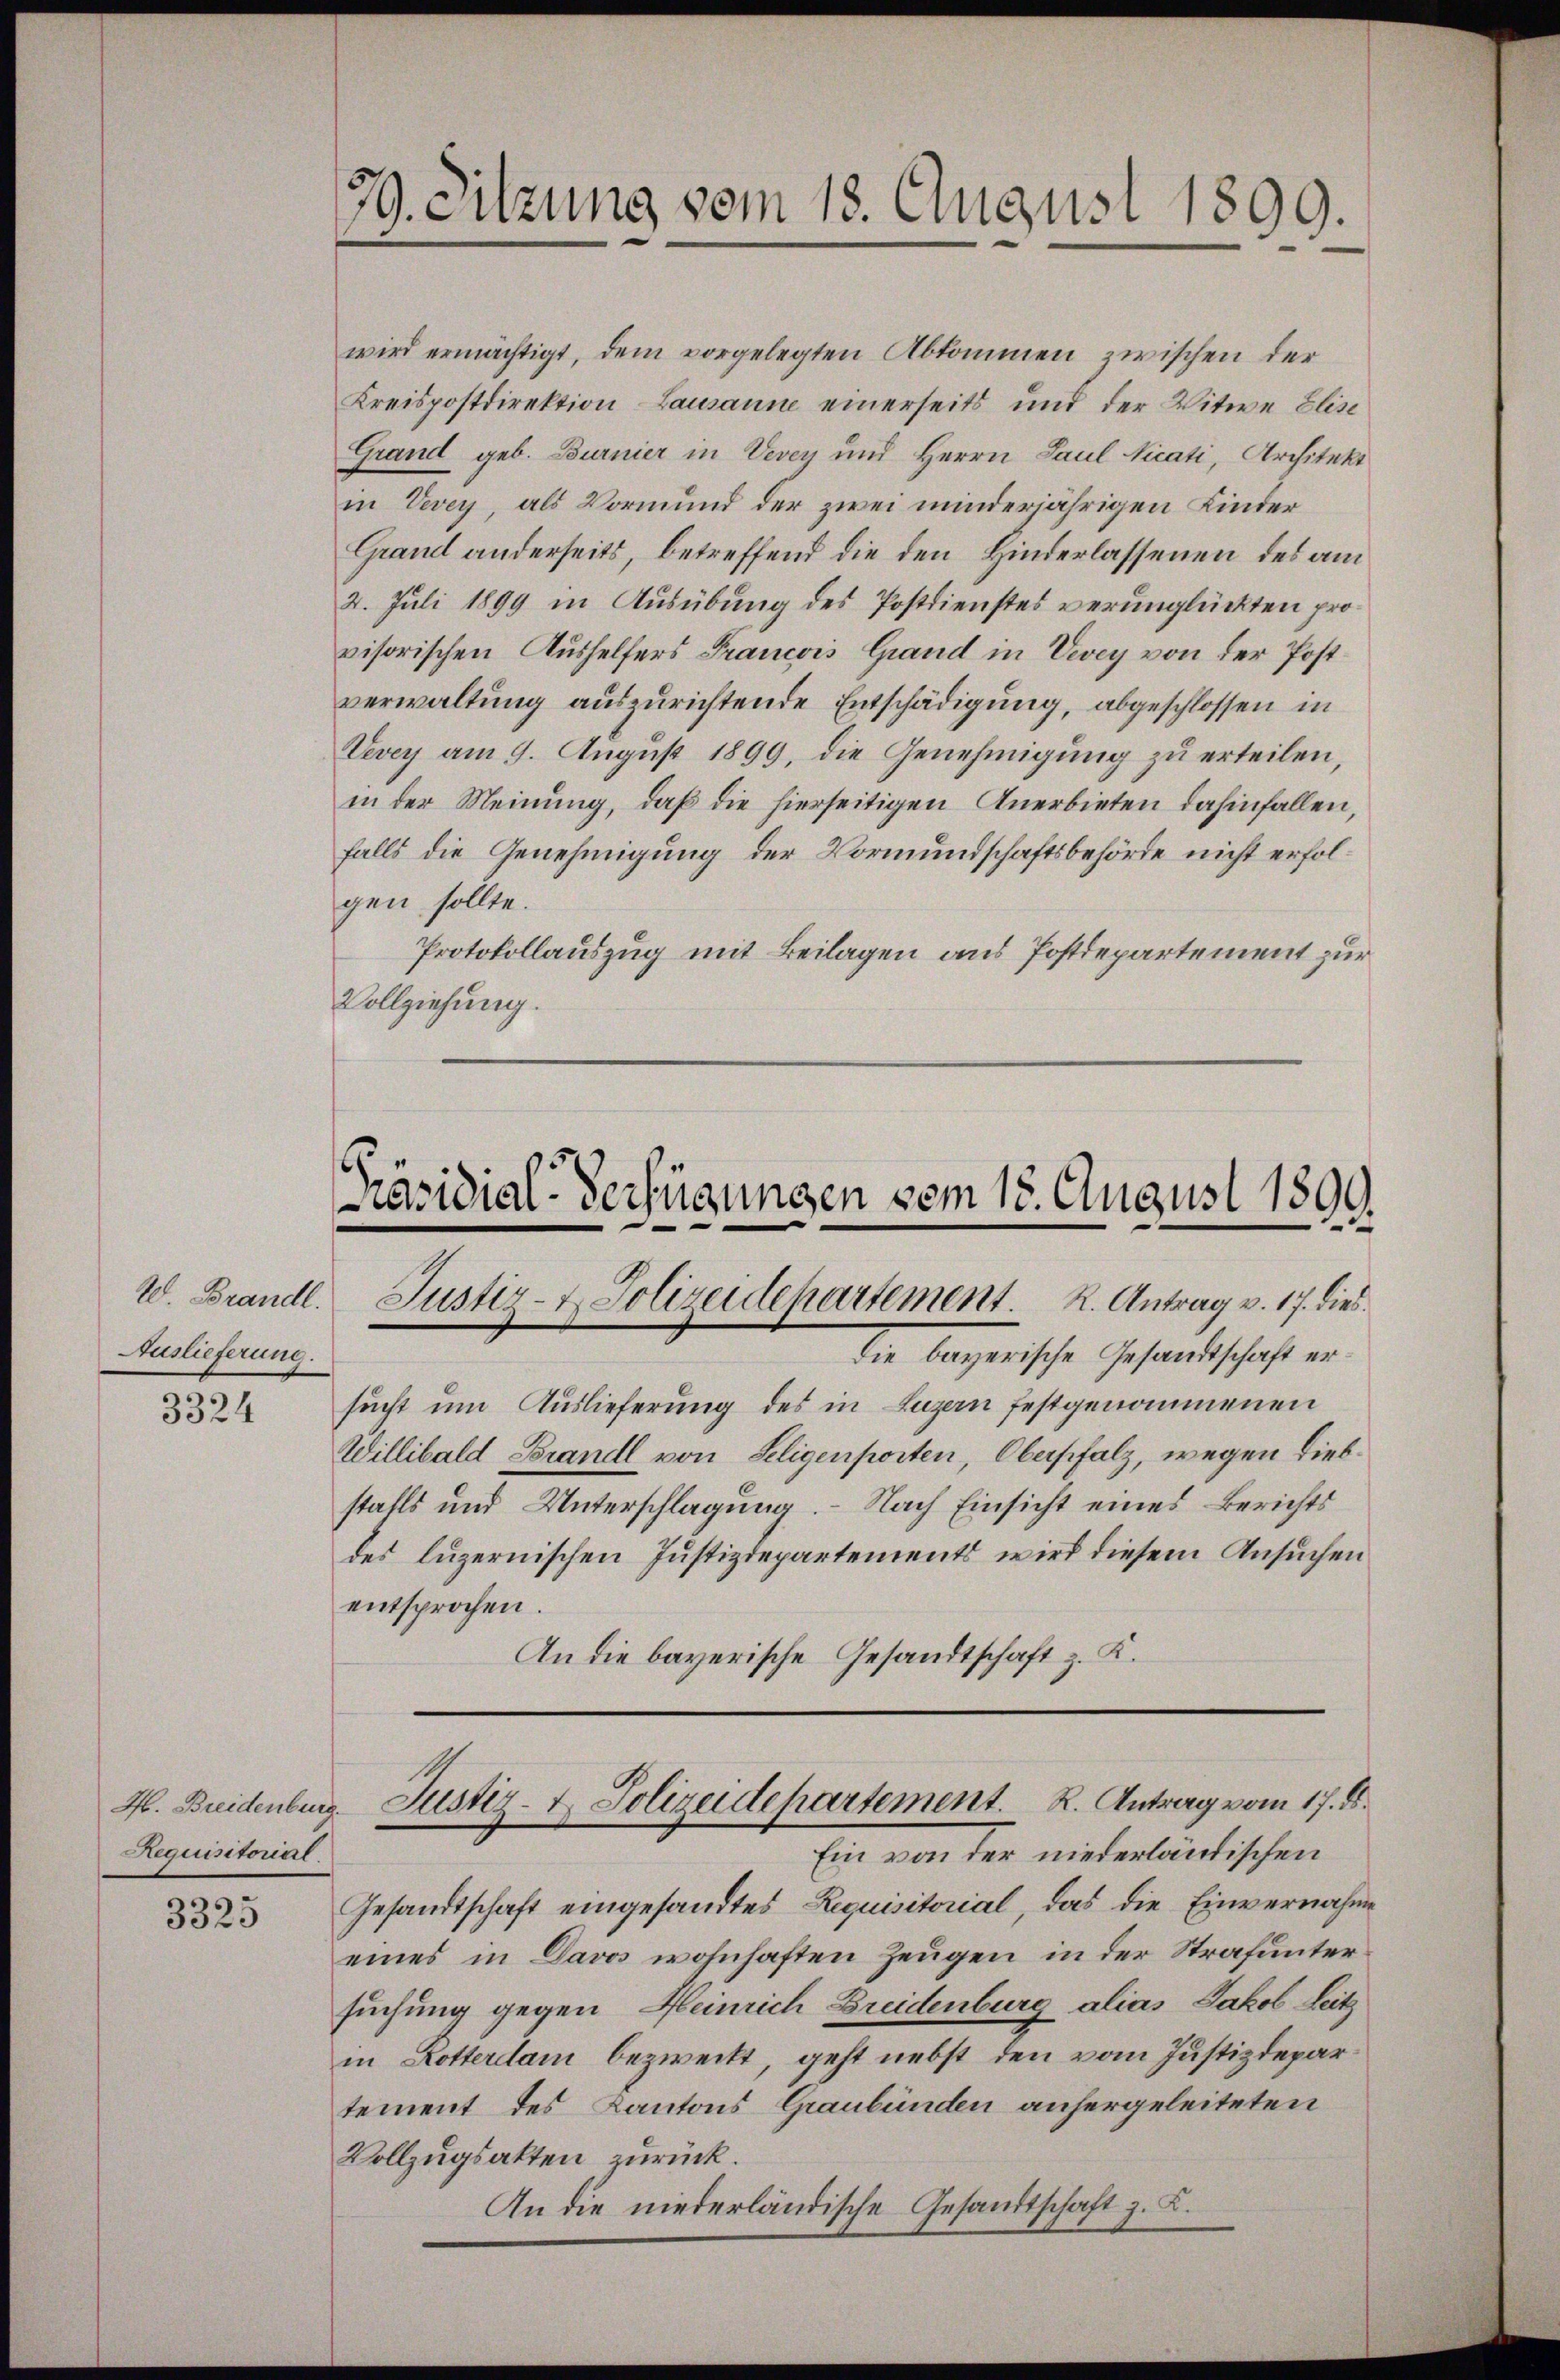
20. Brandl.
Auslieferung.

3324

H. Breidenburg.
Requisitoriat

3325

79. Sitzung vom 18. August 1899.

Präsidial-Verfügungen vom 15. August 1899.
Justiz- & Polizeidepartement. R. Antrag v. 17. dies

wird ermächtigt, dem vorgelegten Abkommen zwischen der
Kreispostdirektion Lausanne einerseits und der Witwe Elise
Grand geb. Burnier in Vevey und Herrn Paul Nicati, Architekt
in Vevey, als Vormund der zwei minderjährigen Kinder
Grand anderseits, betreffend die den Hinderlassenen des am
2. Juli 1899 in Ausübung des Postdienstes verunglückten provisorischen Aushelfers Francois Grand in Vevey von der Postverwaltung auszurichtende Entschädigung, abgeschlossen in
Vevey am 9. August 1899, die Genehmigung zu erteilen,
in der Meinung, daß die hierseitigen Anerbieten dahinfallen,
falls die Genehmigung der Vormundschaftsbehörde nicht erfolgen sollte.
Protokollauszug mit Beilagen aus Postdepartement zur
Vollziehung.

die bayerische Gesandtschaft ersucht um Auslieferung des in Luzern festgenommenen
Willibald Brandl von Seligenposten, Oberpfalz, wegen Liebstalls und Unterschlagung. - Nach Einsicht eines Berichts
des luzernischen Justizdepartements wird diesem Ansuchen
entsprochen.
An die bayerische Gesandtschaft z. K.

Justiz- u. Polizeidepartement. R. Antrag vom 17. d.

Ein von der niederländischen
Gesandtschaft eingesandtes Requisitorial, das die Einvernahme
eines in Davos wohnhaften Zeugen in der Strafuntersuchung gegen Heinrich Breidenburg alias Jakob Seitz
in Rotterdam bezweckt, geht nebst den vom Justizdepartement des Kantons Graubünden anhergeleiteten
Vollzugsakten zurück.
An die niederländische Gesandtschaft z. B.